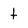
Character: t